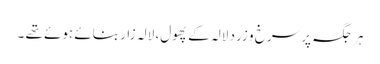
ہر جگہ پر سرخ و زرد لالہ کے پھول، لالہ زار بنائے ہوئے تھے ۔